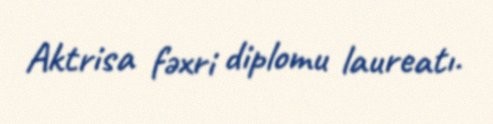
Aktrisa fəxri diplomu laureatı.